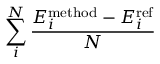
\sum _ { i } ^ { N } \frac { E _ { i } ^ { \mathrm { m e t h o d } } - E _ { i } ^ { \mathrm { r e f } } } { N }